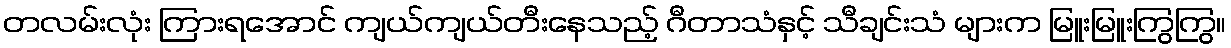
တလမ်းလုံး ကြားရအောင် ကျယ်ကျယ်တီးနေသည့် ဂီတာသံနှင့် သီချင်းသံ များက မြူးမြူးကြွကြွ။